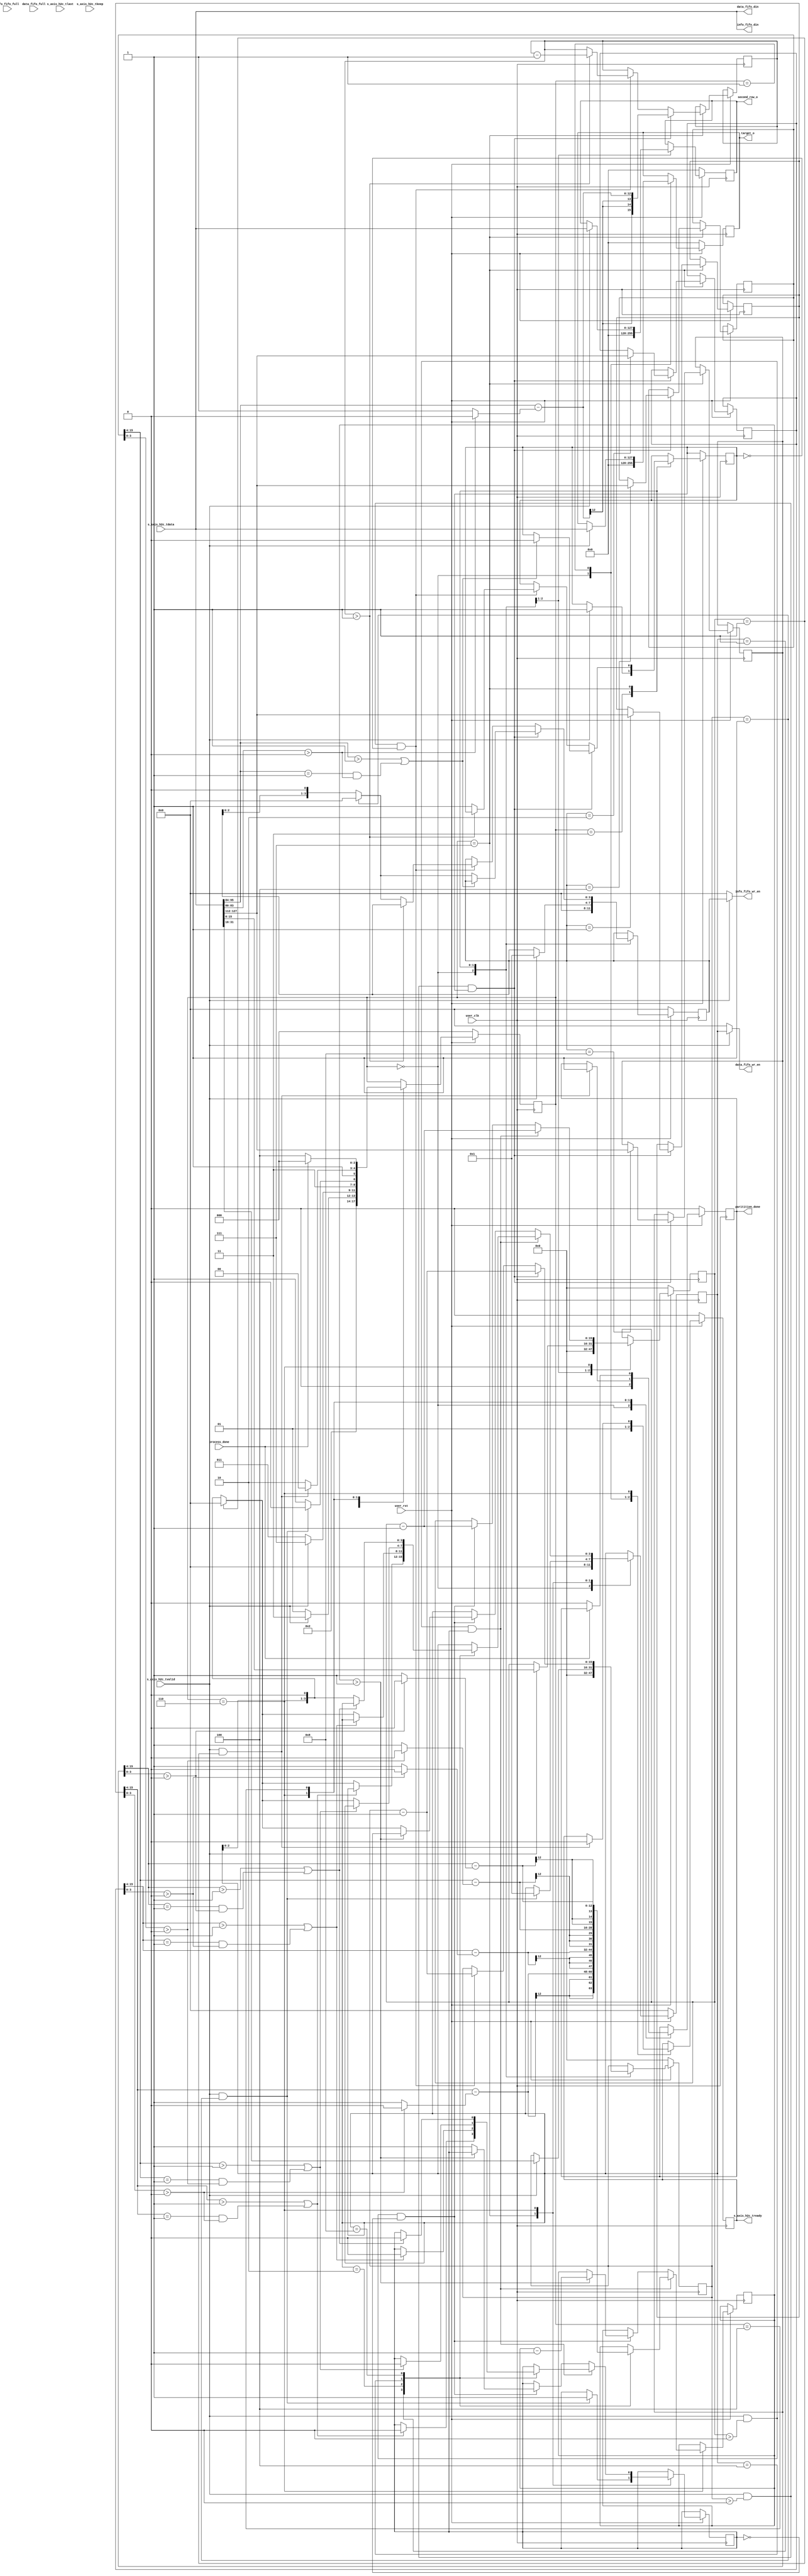
module partition
    #(
        parameter TCQ = 1,
        parameter DATA_WIDTH = 128,
        parameter BYTE_BIT_ENABLE = DATA_WIDTH/8,
        parameter COL_MAX_SIZE = 4,
        parameter ALIGN_BITS = 128
    )(
        input   user_clk,
        input   user_rst,
        //h2c datapath
        input   [DATA_WIDTH-1:0]s_axis_h2c_tdata,
        input   s_axis_h2c_tlast,
        input   s_axis_h2c_tvalid,
        output  s_axis_h2c_tready,
        input   [BYTE_BIT_ENABLE-1:0]s_axis_h2c_tkeep,
        //info fifo
        output	[DATA_WIDTH-1:0]info_fifo_din,
        output	[COL_MAX_SIZE-1:0]info_fifo_wr_en,
        input	[COL_MAX_SIZE-1:0]info_fifo_full,
        //data fifo
        output	[DATA_WIDTH-1:0]data_fifo_din,
        output	[COL_MAX_SIZE-1:0]data_fifo_wr_en,
        input	[COL_MAX_SIZE-1:0]data_fifo_full,
        //
        input   process_done,
        output  paritition_done,
        output  [ALIGN_BITS-1:0]target_o,
        output  [ALIGN_BITS-1:0]second_row_o
    );
    
    localparam RST = 3'b000, WAIT_TARGET = 3'b001, SET_COUNT = 3'b011, SET_INFO = 3'b111, SET_DATA = 3'b110, WAIT_PROCESS = 3'b100;
    
    reg s_axis_h2c_tready_q;
    reg paritition_done_q;
    reg [2:0]state;
    
    //the format of data
    reg [ALIGN_BITS-1:0]target;
    reg [ALIGN_BITS-1:0]second_row;
    reg [31:0]total_rows;
    reg [15:0]info_rows;
    reg [15:0]data_rows;
    
	reg [COL_MAX_SIZE-1:0]info_seq;
	reg info_head_flag;
	reg [15:0]info_len;
	
	reg [COL_MAX_SIZE-1:0]data_seq;
	reg data_head_flag;
	reg [15:0]d_len;
    reg [15:0]d0_len;
	reg [15:0]d1_len;
	reg [15:0]d2_len;
	reg [15:0]d3_len;

    assign data_fifo_wr_en = s_axis_h2c_tvalid? data_seq:4'b0000;
    assign info_fifo_wr_en = s_axis_h2c_tvalid? info_seq:4'b0000;
    assign s_axis_h2c_tready = s_axis_h2c_tready_q;
    assign paritition_done = paritition_done_q;
    assign target_o = target;
    assign second_row_o = second_row;
    
    assign data_fifo_din = s_axis_h2c_tdata;
    assign info_fifo_din = s_axis_h2c_tdata;
    
    always@(posedge user_clk)
    begin
        if(!user_rst)
        begin
            s_axis_h2c_tready_q <= #TCQ 1'b0;
            paritition_done_q <= #TCQ 1'b0;
            target <= #TCQ 128'h00000000000000000000000000000000;
            second_row <= #TCQ 128'h00000000000000000000000000000000;
            total_rows <= #TCQ 32'h00000000;
            info_rows <= #TCQ 16'h0000;
            data_rows <= #TCQ 16'h0000;
            info_seq <= #TCQ 4'b0000;
            data_seq <= #TCQ 4'b0000;
            state <= #TCQ RST;
        end
        else
        begin
            case(state)
                RST:begin
                    s_axis_h2c_tready_q <= #TCQ 1'b0;
                    paritition_done_q <= #TCQ 1'b0;
                    target <= #TCQ 128'h00000000000000000000000000000000;
                    second_row <= #TCQ 128'h00000000000000000000000000000000;
                    total_rows <= #TCQ 32'h00000000;
                    info_rows <= #TCQ 16'h0000;
                    data_rows <= #TCQ 16'h0000;
                    info_seq <= #TCQ 4'b0000;
                    data_seq <= #TCQ 4'b0000;
                    state <= #TCQ WAIT_TARGET;
                end
                WAIT_TARGET:begin
                    s_axis_h2c_tready_q <= #TCQ 1'b1;
                    if(s_axis_h2c_tvalid)
                    begin
                        target <= #TCQ s_axis_h2c_tdata;
                        state <= #TCQ SET_COUNT;
                    end
                    else
                    begin
                        state <= #TCQ WAIT_TARGET;
                    end
                end
                SET_COUNT:begin
                    if(s_axis_h2c_tvalid)
                    begin
                        second_row <= #TCQ s_axis_h2c_tdata;
                        total_rows <= #TCQ s_axis_h2c_tdata[63:32];
                        info_rows <= #TCQ s_axis_h2c_tdata[31:16];
                        data_rows <= #TCQ s_axis_h2c_tdata[15:0];
						info_seq <= #TCQ 4'b0001;
						info_head_flag <= #TCQ 1'b1;
                        state <= #TCQ SET_INFO;
                    end
                    else
                    begin
                        state <= #TCQ SET_COUNT;
                    end
                end
                SET_INFO:begin
                	//format
                    if(s_axis_h2c_tvalid && info_rows>0 && info_head_flag)
                    begin
						info_len <= #TCQ {3'b0000, s_axis_h2c_tdata[95:84]} - (s_axis_h2c_tdata[83:80]>0?0:1);
						//
						if(s_axis_h2c_tdata[95:84]>1 || (s_axis_h2c_tdata[95:84]==1 && s_axis_h2c_tdata[83:80]>0))
						begin
							info_head_flag <= #TCQ 1'b0;
						end
						else
						begin
							//if true, will change state
							if(info_rows==1) begin
								info_seq <= #TCQ 4'b0000;
							end
							else begin
								info_seq <= #TCQ {info_seq[2:0], 1'b0};
							end
							//info_head_flag <= #TCQ 1'b1;
						end
						//need to debug
						case(info_seq)
							4'b0001:begin
								d0_len <= #TCQ s_axis_h2c_tdata[127:112];
							end
							4'b0010:begin
								d1_len <= #TCQ s_axis_h2c_tdata[127:112];
							end
							4'b0100:begin
								d2_len <= #TCQ s_axis_h2c_tdata[127:112];
							end
							4'b1000:begin
								d3_len <= #TCQ s_axis_h2c_tdata[127:112];
							end
						endcase
						//end
						info_rows <= #TCQ info_rows-1'b1;
                    end
					else if(s_axis_h2c_tvalid && info_rows>0 && ~info_head_flag)
					begin
						if(info_len>1)
						begin
							info_len <= #TCQ info_len-1'b1;
						end
						else
						begin
							//if true, will change state
							if(info_rows==1) begin
								info_seq <= #TCQ 4'b0000;
							end
							else begin
								info_seq <= #TCQ {info_seq[2:0], 1'b0};
							end
							info_head_flag <= #TCQ 1'b1;
						end
						info_rows <= #TCQ info_rows-1'b1;
					end
					//change state
					if(s_axis_h2c_tvalid && info_rows==1)
					begin
						data_seq <= #TCQ 4'b0001;
						data_head_flag <= #TCQ 1'b1;
						state <= #TCQ SET_DATA;
					end
					else begin
						state <= #TCQ SET_INFO;
					end
                end
				SET_DATA:begin
					if(s_axis_h2c_tvalid && data_rows>0 && data_head_flag)
					begin
						case(data_seq)
							4'b0001:begin
								d_len <= #TCQ {3'b0000, d0_len[15:4]} - (d0_len[3:0]>0?0:1);
								if(d0_len[15:4]>1 || (d0_len[15:4]==1 && d0_len[3:0]>0))
								begin
									data_head_flag <= #TCQ 1'b0;
								end
								else
								begin
									if(data_rows==1) begin
										data_seq <= #TCQ 4'b0000;
									end
									else begin
										data_seq <= #TCQ {data_seq[2:0], 1'b0};
									end
									//data_head_flag <= #TCQ 1'b1;
								end
							end
							4'b0010:begin
								d_len <= #TCQ {3'b0000, d1_len[15:4]} - (d1_len[3:0]>0?0:1);
								if(d1_len[15:4]>1 || (d1_len[15:4]==1 && d1_len[3:0]>0))
								begin
									data_head_flag <= #TCQ 1'b0;
								end
								else
								begin
									if(data_rows==1) begin
										data_seq <= #TCQ 4'b0000;
									end
									else begin
										data_seq <= #TCQ {data_seq[2:0], 1'b0};
									end
									//data_head_flag <= #TCQ 1'b1;
								end
							end
							4'b0100:begin
								d_len <= #TCQ {3'b0000, d2_len[15:4]} - (d2_len[3:0]>0?0:1);
								if(d2_len[15:4]>1 || (d2_len[15:4]==1 && d2_len[3:0]>0))
								begin
									data_head_flag <= #TCQ 1'b0;
								end
								else
								begin
									if(data_rows==1) begin
										data_seq <= #TCQ 4'b0000;
									end
									else begin
										data_seq <= #TCQ {data_seq[2:0], 1'b0};
									end
									//data_head_flag <= #TCQ 1'b1;
								end
							end
							4'b1000:begin
								d_len <= #TCQ {3'b0000, d3_len[15:4]} - (d3_len[3:0]>0?0:1);
								if(d3_len[15:4]>1 || (d3_len[15:4]==1 && d3_len[3:0]>0))
								begin
									data_head_flag <= #TCQ 1'b0;
								end
								else
								begin
									data_seq <= #TCQ {data_seq[2:0], 1'b0};
									//data_head_flag <= #TCQ 1'b1;
								end
							end
						endcase
						data_rows <= #TCQ data_rows-1'b1;
					end
					else if(s_axis_h2c_tvalid && data_rows>0 && ~data_head_flag)
					begin
						if(d_len>1)
						begin
							d_len <= #TCQ d_len-1'b1;
						end
						else begin
							if(data_rows==1) begin
								data_seq <= #TCQ 4'b0000;
							end
							else begin
								data_seq <= #TCQ {data_seq[2:0], 1'b0};
							end
							data_head_flag <= #TCQ 1'b1;
						end
						data_rows <= #TCQ data_rows-1'b1;
					end
					//change state
					if(s_axis_h2c_tvalid && data_rows==1)
					begin
						s_axis_h2c_tready_q <= #TCQ 1'b0;
						paritition_done_q <= #TCQ 1'b1;
						state <= #TCQ WAIT_PROCESS;
					end
					else begin
						state <= #TCQ SET_DATA;
					end
				end
				WAIT_PROCESS:begin
					if(process_done)
					begin
						state <= #TCQ RST;
					end
					else begin
					    paritition_done_q <= #TCQ 1'b0;
						state <= #TCQ WAIT_PROCESS;
					end
				end
            endcase
        end
    end

endmodule